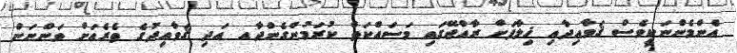
އެންމެންނަކީވެސް ޤަވާއިދާއި ޚިލާފަށް ރާއްޖޭގައި މަސައްކަތް ކުރަމުންގެންދާއ އަދި ޤަވާއިދުގެ ތެރެއަށް ވަންނަން